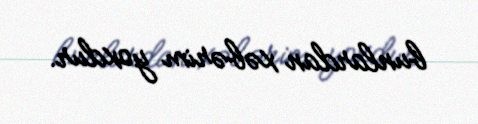
bunlardan xəbərim yoxdur.